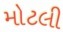
મોટલી